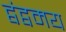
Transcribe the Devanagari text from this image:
द्वंद्वमय